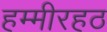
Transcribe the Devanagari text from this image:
हम्मीरहठ